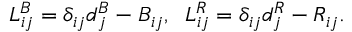
L _ { i j } ^ { B } = \delta _ { i j } d _ { j } ^ { B } - { \cal B } _ { i j } , \; \; L _ { i j } ^ { R } = \delta _ { i j } d _ { j } ^ { R } - { \cal R } _ { i j } .